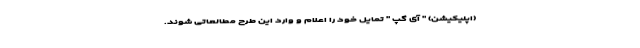
(اپلیکیشن) " آی گپ " تمایل خود را اعلام و وارد این طرح مطالعاتی شوند.